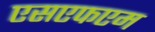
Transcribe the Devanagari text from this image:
एसएफएम